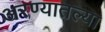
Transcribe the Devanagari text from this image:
अरण्यातल्या